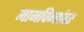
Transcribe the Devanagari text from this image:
मानचिन्हांवर